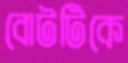
বোটটিকে